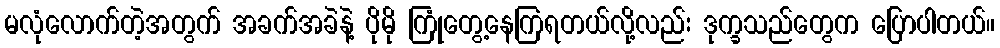
မလုံလောက်တဲ့အတွက် အခက်အခဲနဲ့ ပိုမို ကြုံတွေ့နေကြရတယ်လို့လည်း ဒုက္ခသည်တွေက ပြောပါတယ်။